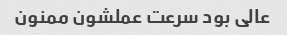
عالی بود سرعت عملشون ممنون